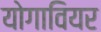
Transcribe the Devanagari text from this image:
योगावियर